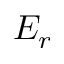
E _ { r }